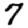
Digit: 7